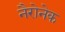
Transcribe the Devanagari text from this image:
नैरोनेक